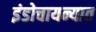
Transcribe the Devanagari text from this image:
इंडोचायन्यात